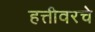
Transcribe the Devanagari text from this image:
हत्तीवरचे